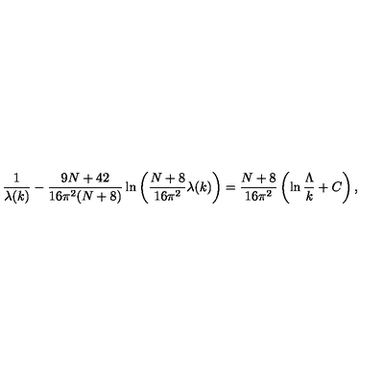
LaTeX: \frac { 1 } { \lambda ( k ) } - \frac { 9 N + 4 2 } { 1 6 \pi ^ { 2 } ( N + 8 ) } \ln \left( \frac { N + 8 } { 1 6 \pi ^ { 2 } } \lambda ( k ) \right) = \frac { N + 8 } { 1 6 \pi ^ { 2 } } \left( \ln \frac { \Lambda } { k } + C \right) ,